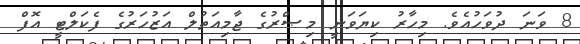
8 ވަނަ ދުވަހުއެވެ. މިހާރު ކިޔަވަނީ މިޞްރުގެ ޖާމިއަތުލް އަޒުހަރުގެ ފެކަލްޓީ އޮފް